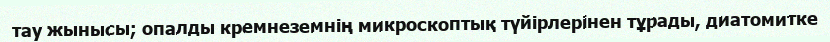
тау жынысы; опалды кремнеземнің микроскоптық түйірлерінен тұрады, диатомитке